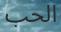
الحب